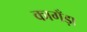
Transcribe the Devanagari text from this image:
कागँड़ा